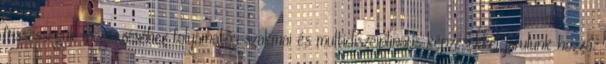
frissességük megőrzéséhez folyamatos szakmai és multidiszciplináris képzésekkel járulunk hozzá.